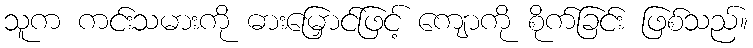
သူက ကင်းသမားကို ဓားမြှောင်ဖြင့် ကျောကို စိုက်ခြင်း ဖြစ်သည်။